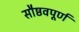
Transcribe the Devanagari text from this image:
सौष्ठवपूर्ण